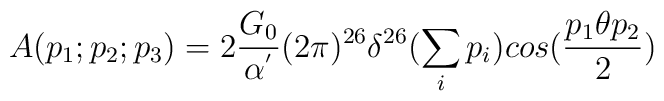
A(p_1;p_2;p_3)=2\frac{G_0}{\alpha^{'}}(2\pi)^{26}\delta^{26}(\sum_i p_i) cos(\frac{p_1\theta p_2}{2})